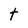
Character: t